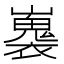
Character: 㠢